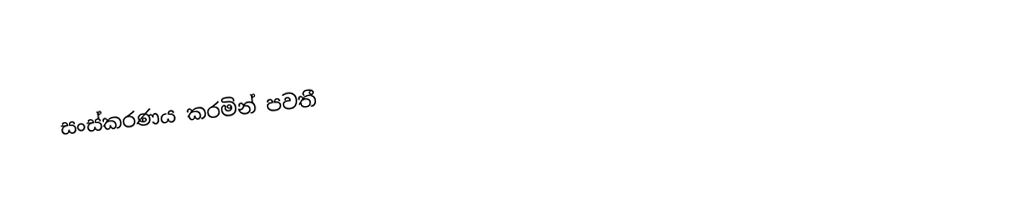
සංස්කරණය කරමින් පවතී